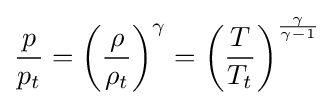
{\frac {p}{p_{t}}}=\left({\frac {\rho }{\rho _{t}}}\right)^{\gamma }=\left({\frac {T}{T_{t}}}\right)^{\frac {\gamma }{\gamma -1}}